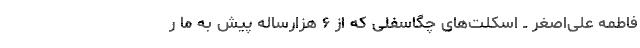
فاطمه علی‌اصغر ــ‌ اسکلت‌های چگاسفلی که از ۶ هزارساله پیش به ما ر